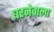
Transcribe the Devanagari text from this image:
धरनेवाला